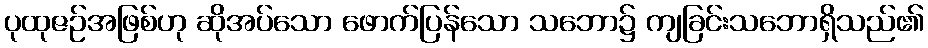
ပုထုဇဉ်အဖြစ်ဟု ဆိုအပ်သော ဖောက်ပြန်သော သဘော၌ ကျခြင်းသဘောရှိသည်၏